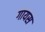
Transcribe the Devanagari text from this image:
गायस